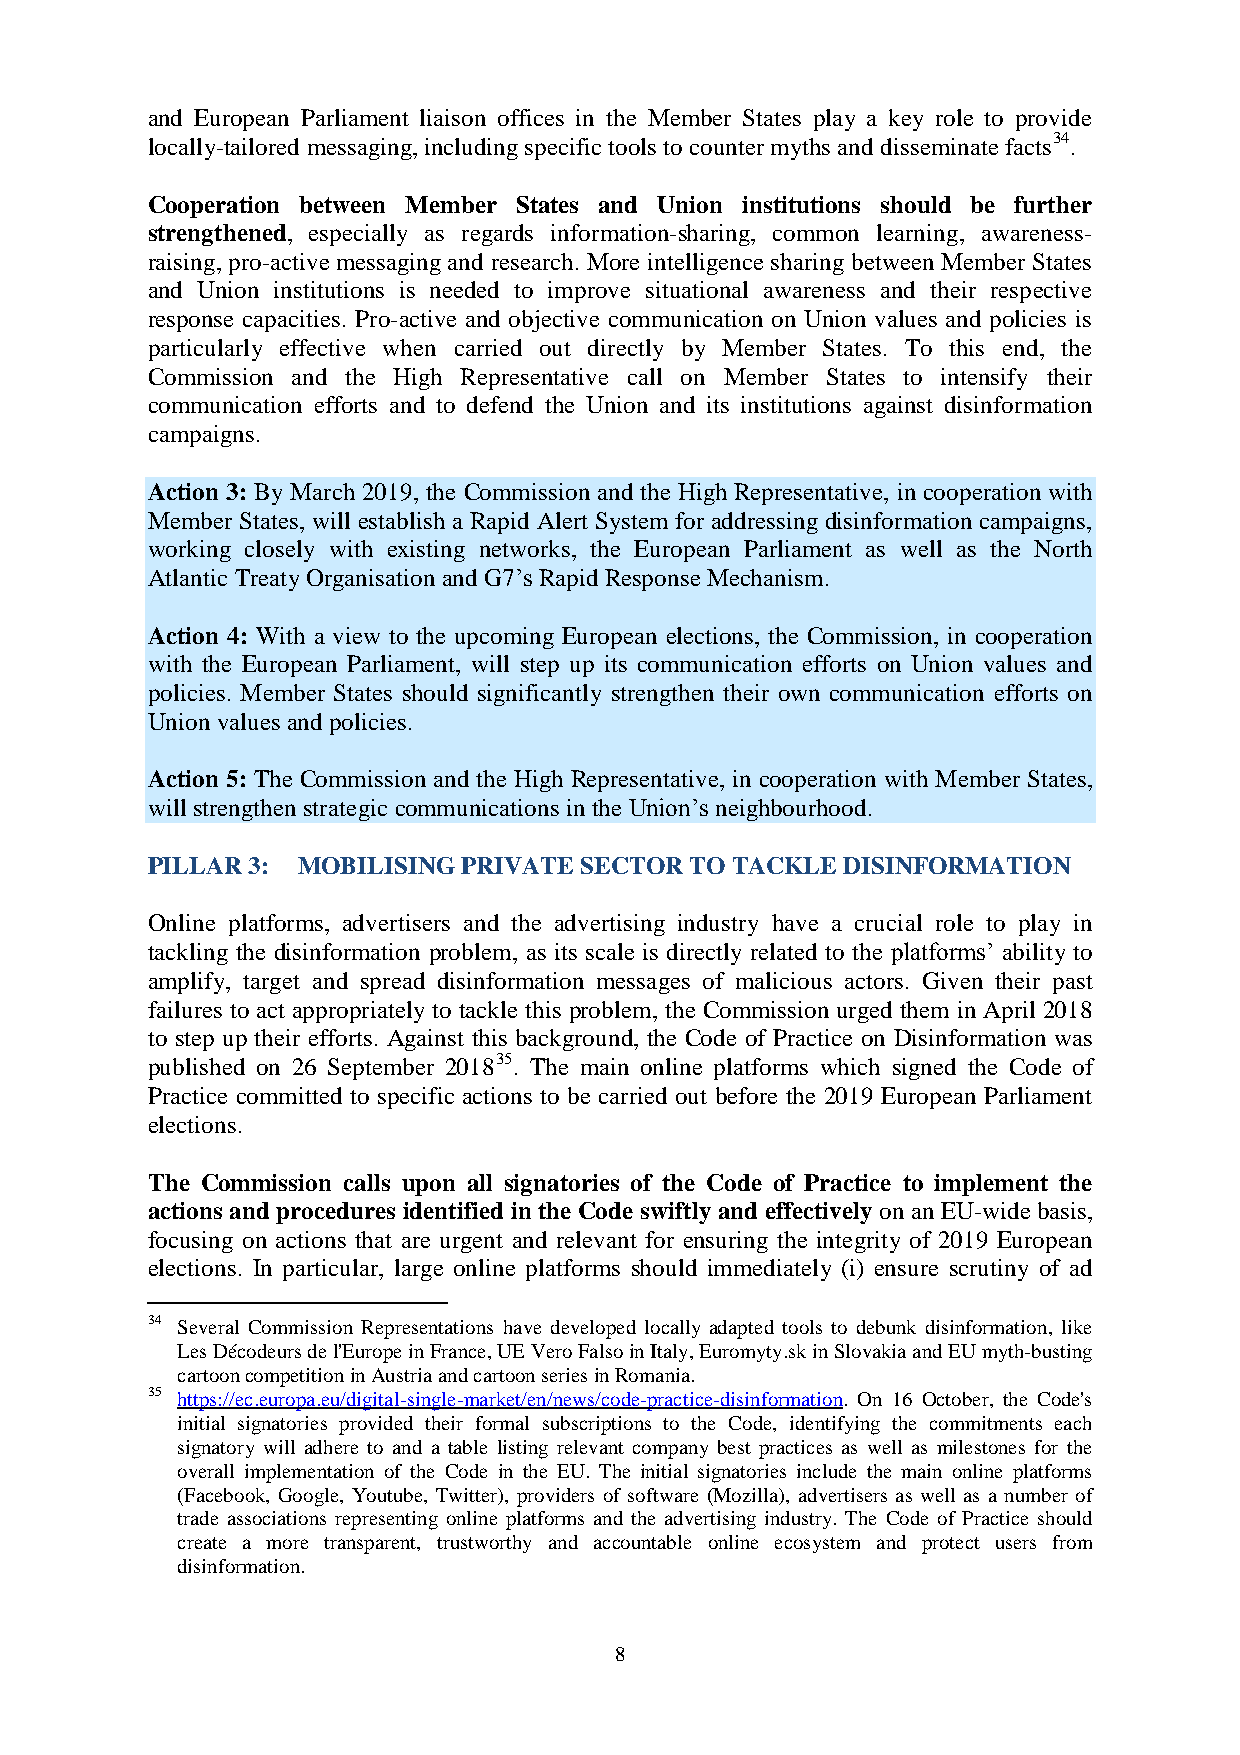
and European Parliament liaison offices in the Member States play a key role to provide
 locally-tailored messaging, including specific tools to counter myths and disseminate facts34.
 Cooperation between Member States and Union institutions should be further
 strengthened, especially as regards information-sharing, common learning, awareness-
 raising, pro-active messaging and research. More intelligence sharing between Member States
 and Union institutions is needed to improve situational awareness and their respective
 response capacities. Pro-active and objective communication on Union values and policies is
 particularly effective when carried out directly by Member States. To this end, the
 Commission and the High Representative call on Member States to intensify their
 communication efforts and to defend the Union and its institutions against disinformation
 campaigns.
 Action 3: By March 2019, the Commission and the High Representative, in cooperation with
 Member States, will establish a Rapid Alert System for addressing disinformation campaigns,
 working closely with existing networks, the European Parliament as well as the North
 Atlantic Treaty Organisation and G7’s Rapid Response Mechanism.
 Action 4: With a view to the upcoming European elections, the Commission, in cooperation
 with the European Parliament, will step up its communication efforts on Union values and
 policies. Member States should significantly strengthen their own communication efforts on
 Union values and policies.
 Action 5: The Commission and the High Representative, in cooperation with Member States,
 will strengthen strategic communications in the Union’s neighbourhood.
 PILLAR 3: MOBILISING PRIVATE SECTOR TO TACKLE DISINFORMATION
 Online platforms, advertisers and the advertising industry have a crucial role to play in
 tackling the disinformation problem, as its scale is directly related to the platforms’ ability to
 amplify, target and spread disinformation messages of malicious actors. Given their past
 failures to act appropriately to tackle this problem, the Commission urged them in April 2018
 to step up their efforts. Against this background, the Code of Practice on Disinformation was
 published on 26 September 201835. The main online platforms which signed the Code of
 Practice committed to specific actions to be carried out before the 2019 European Parliament
 elections.
 The Commission calls upon all signatories of the Code of Practice to implement the
 actions and procedures identified in the Code swiftly and effectively on an EU-wide basis,
 focusing on actions that are urgent and relevant for ensuring the integrity of 2019 European
 elections. In particular, large online platforms should immediately (i) ensure scrutiny of ad
 34 Several Commission Representations have developed locally adapted tools to debunk disinformation, like
 Les Décodeurs de l'Europe in France, UE Vero Falso in Italy, Euromyty.sk in Slovakia and EU myth-busting
 cartoon competition in Austria and cartoon series in Romania.
 35 https://ec.europa.eu/digital-single-market/en/news/code-practice-disinformation. On 16 October, the Code's
 initial signatories provided their formal subscriptions to the Code, identifying the commitments each
 signatory will adhere to and a table listing relevant company best practices as well as milestones for the
 overall implementation of the Code in the EU. The initial signatories include the main online platforms
 (Facebook, Google, Youtube, Twitter), providers of software (Mozilla), advertisers as well as a number of
 trade associations representing online platforms and the advertising industry. The Code of Practice should
 create a more transparent, trustworthy and accountable online ecosystem and protect users from
 disinformation.
 8